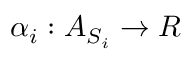
\alpha _ { i } : A _ { S _ { i } } \rightarrow R